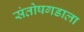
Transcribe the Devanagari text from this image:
संतोषगडाला